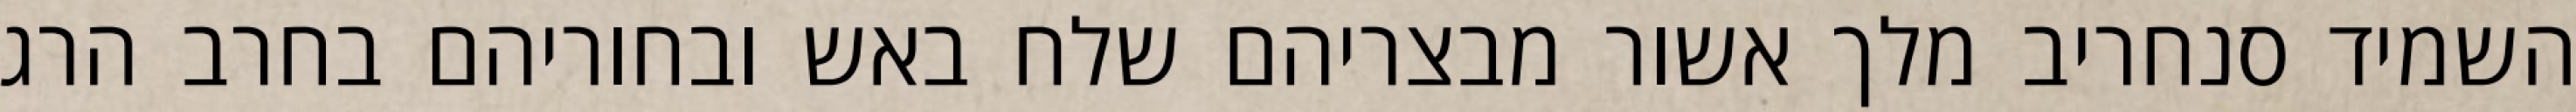
השמיד סנחריב מלך אשור מבצריהם שלח באש ובחוריהם בחרב הרג